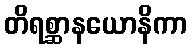
တိရစ္ဆာနယောနိကာ